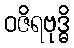
ဝဇိရဗုဒ္ဓိ